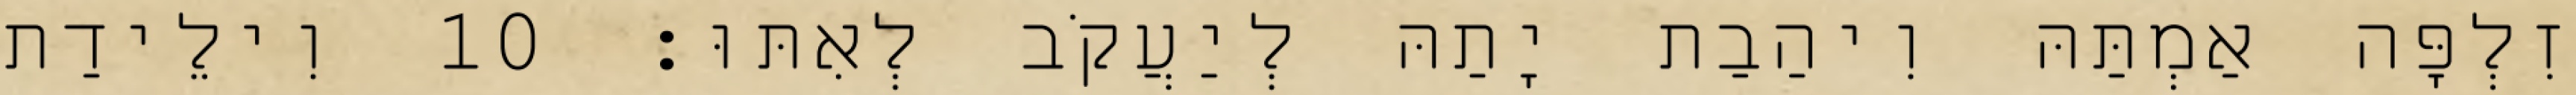
זִלְפָּה אַמְתַּהּ וִיהַבַת יָתַהּ לְיַעֲקֹב לְאִתּוּ׃ 10 וִילֵידַת